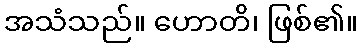
အသံသည်။ ဟောတိ၊ ဖြစ်၏။